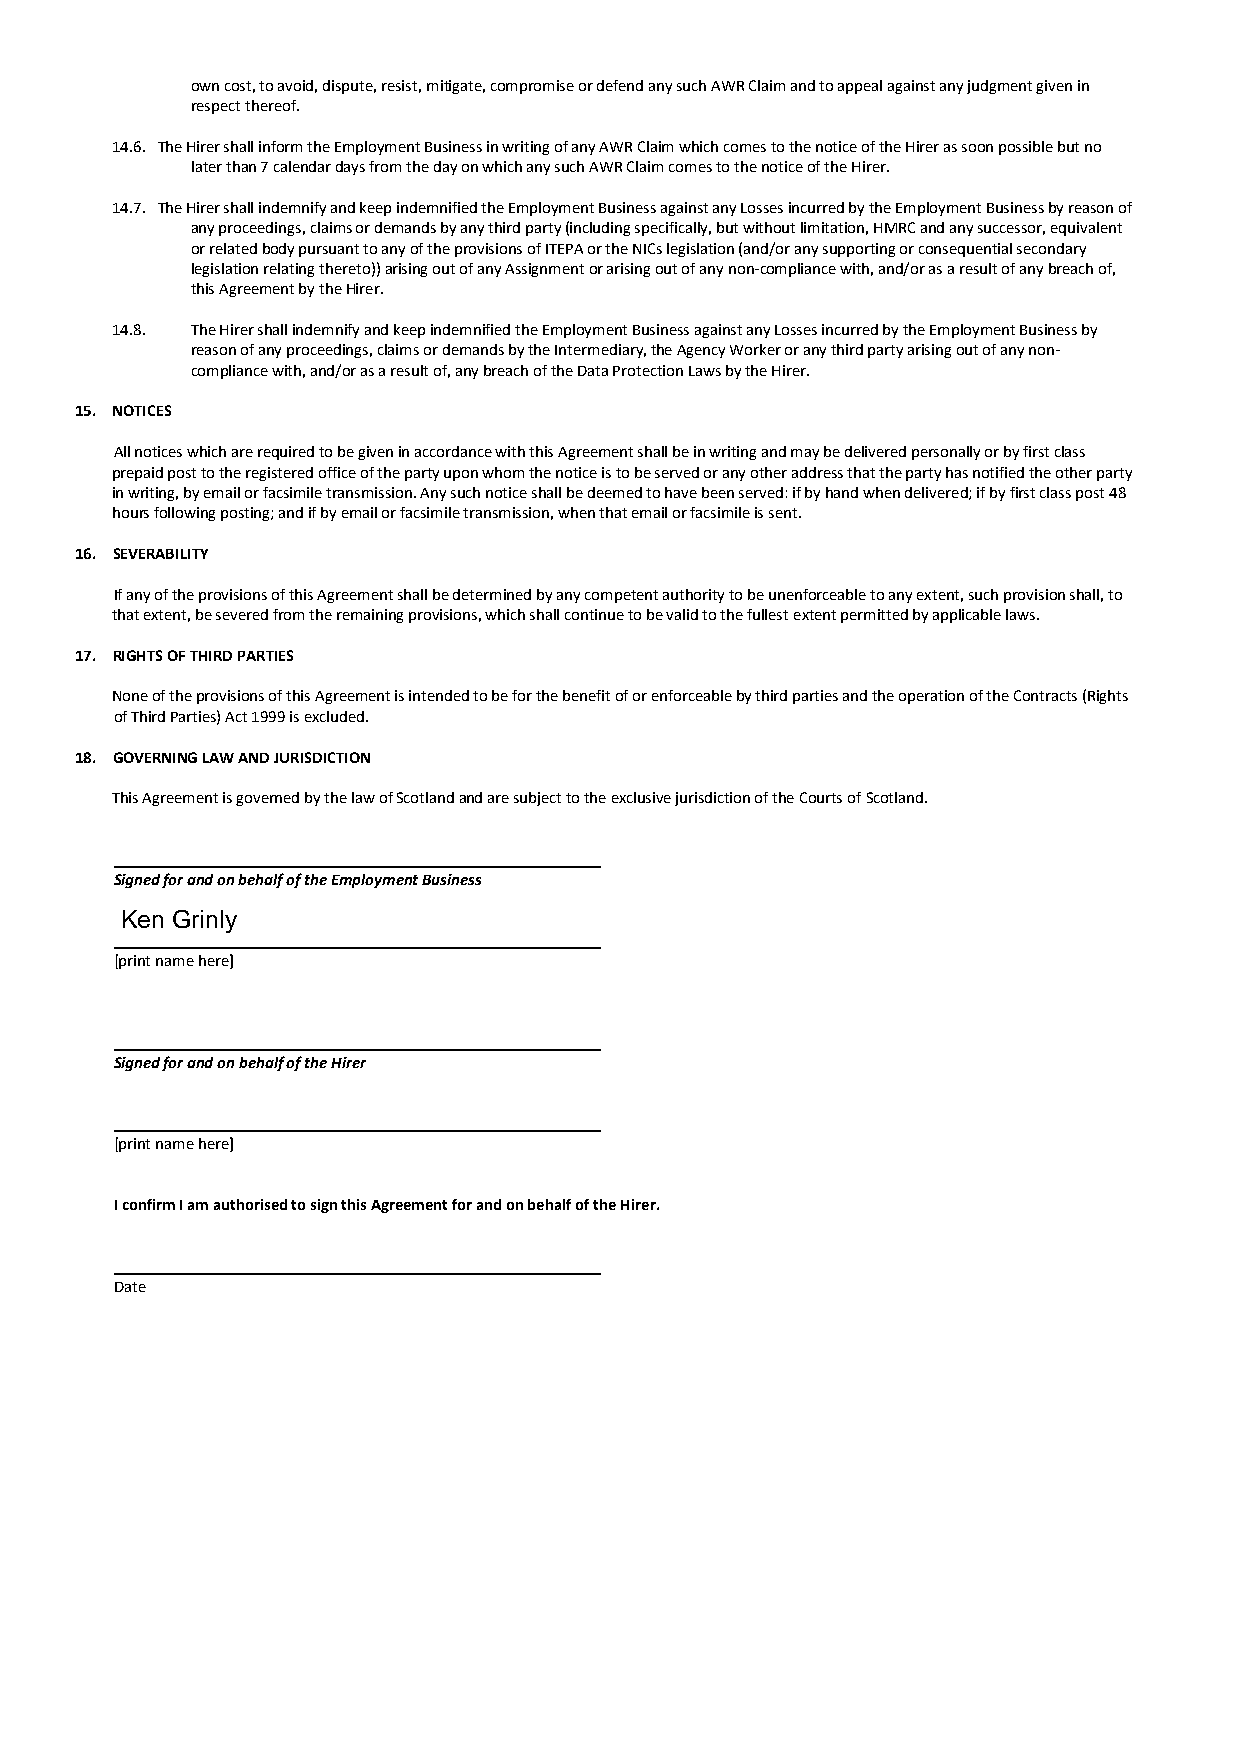
Jobs transform lives, which is why we are building the best recruitment industry in the
 world.
 own cost, to avoid, dispute, resist, mitigate, compromise or defend any such AWR Claim and to appeal against any judgment given in
 respect thereof.
 14.6. The Hirer shall inform the Employment Business in writing of any AWR Claim which comes to the notice of the Hirer as soon possible but no
 later than 7 calendar days from the day on which any such AWR Claim comes to the notice of the Hirer.
 14.7. The Hirer shall indemnify and keep indemnified the Employment Business against any Losses incurred by the Employment Business by reason of
 any proceedings, claims or demands by any third party (including specifically, but without limitation, HMRC and any successor, equivalent
 or related body pursuant to any of the provisions of ITEPA or the NICs legislation (and/or any supporting or consequential secondary
 legislation relating thereto)) arising out of any Assignment or arising out of any non-compliance with, and/or as a result of any breach of,
 this Agreement by the Hirer.
 14.8. The Hirer shall indemnify and keep indemnified the Employment Business against any Losses incurred by the Employment Business by
 reason of any proceedings, claims or demands by the Intermediary, the Agency Worker or any third party arising out of any non-
 compliance with, and/or as a result of, any breach of the Data Protection Laws by the Hirer.
 15. NOTICES
 All notices which are required to be given in accordance with this Agreement shall be in writing and may be delivered personally or by first class
 prepaid post to the registered office of the party upon whom the notice is to be served or any other address that the party has notified the other party
 in writing, by email or facsimile transmission. Any such notice shall be deemed to have been served: if by hand when delivered; if by first class post 48
 hours following posting; and if by email or facsimile transmission, when that email or facsimile is sent.
 16. SEVERABILITY
 If any of the provisions of this Agreement shall be determined by any competent authority to be unenforceable to any extent, such provision shall, to
 that extent, be severed from the remaining provisions, which shall continue to be valid to the fullest extent permitted by applicable laws.
 17. RIGHTS OF THIRD PARTIES
 None of the provisions of this Agreement is intended to be for the benefit of or enforceable by third parties and the operation of the Contracts (Rights
 of Third Parties) Act 1999 is excluded.
 18. GOVERNING LAW AND JURISDICTION
 This Agreement is governed by the law of Scotland and are subject to the exclusive jurisdiction of the Courts of Scotland.
 Signed for and on behalf of the Employment Business
 [print name here]
 Signed for and on behalf of the Hirer
 [print name here]
 I confirm I am authorised to sign this Agreement for and on behalf of the Hirer.
 Date